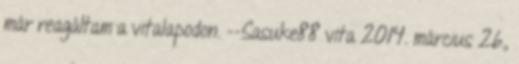
már reagáltam a vitalapodon. --Sasuke88 vita 2014. március 26.,